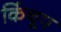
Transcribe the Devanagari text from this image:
किंथूप